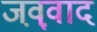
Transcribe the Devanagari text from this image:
जव़्व़ाद